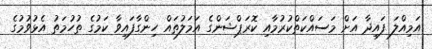
އަމިއްލަ ފައިދާ އަށް މަސައްކަތްކުރުމާއި ކޮރަޕްޝަންގެ އަމަލުތައް ހިންގާފައިވާ ކަމުގެ ތުހުމަތު އެޅުވުމުގެ